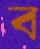
ব